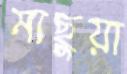
মাছুয়া